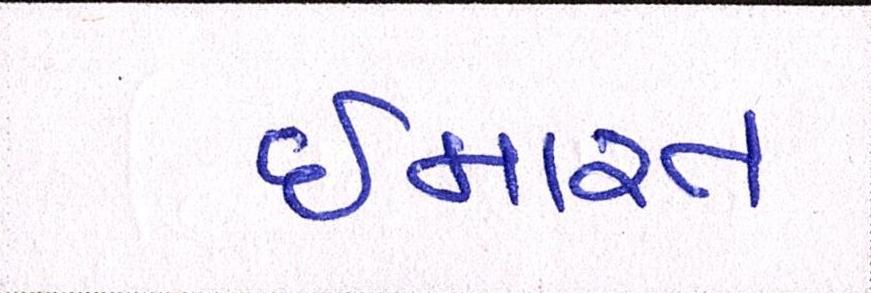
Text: ઈમારત